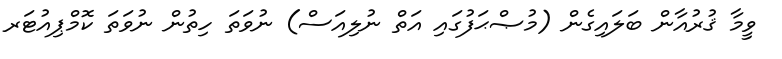
ވީމާ ޤުރުއާން ބަލައިގެން (މުޞްޙަފުގައި އަތް ނުލިއަސް) ނުވަތަ ހިތުން ނުވަތަ ކޮމްޕިއުޓަރ